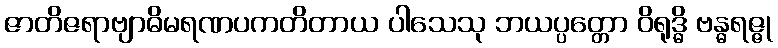
ဇာတိဇရာဗျာဓိမရဏပကတိတာယ ပါသေသု ဘယပ္ပတ္တော ဝိရုဒ္ဓိ ဗန္ဓရဇ္ဇု